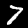
Label: 7